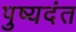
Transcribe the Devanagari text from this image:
पुष्यदंत